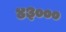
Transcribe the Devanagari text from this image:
४३०००